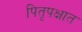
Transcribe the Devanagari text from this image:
पितृपक्षात